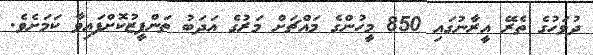
ދުވަހުގެ ތެރޭ އީރާނުގައި 850 މީހުންގެ މައްޗަށް މަރުގެ އަދަބު ތަންފީޒުކޮށްފައިވާ ކަމަށެވެ.